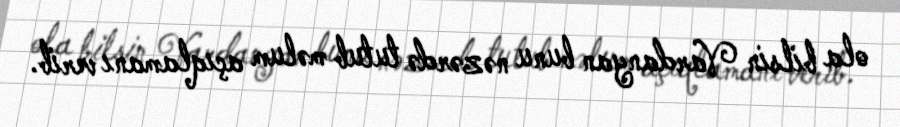
ola bilsin Vardanyan bunu nəzərdə tutub məlum açıqlamanı verib.